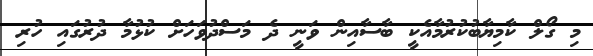
މި ގޯލް ކާމިޔާބުކުރުމާއެކީ ބާސާއިން ވަނީ ދެ މަސްދުވަހަށް ކުޅުމާ ދުރުގައި ހުރި